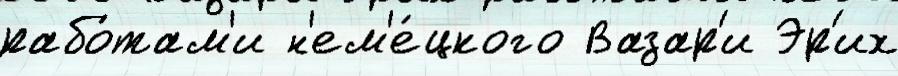
рабо́там'и н'ем'е́цкого Вазар'и Эр'их